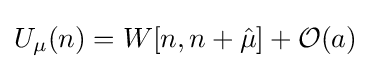
U_{\mu }(n)=W[n,n+{\hat {\mu }}]+{\mathcal {O}}(a)